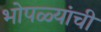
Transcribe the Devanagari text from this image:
भोपळ्यांची